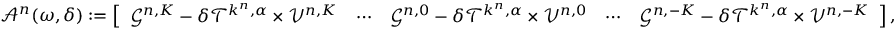
\begin{array} { r } { \mathcal { A } ^ { n } ( \omega , \delta ) : = \left[ \begin{array} { l l l l l } { \mathcal { G } ^ { n , K } - \delta \mathcal { T } ^ { k ^ { n } , \alpha } \times \mathcal { V } ^ { n , K } } & { \cdots } & { \mathcal { G } ^ { n , 0 } - \delta \mathcal { T } ^ { k ^ { n } , \alpha } \times \mathcal { V } ^ { n , 0 } } & { \cdots } & { \mathcal { G } ^ { n , - K } - \delta \mathcal { T } ^ { k ^ { n } , \alpha } \times \mathcal { V } ^ { n , - K } } \end{array} \right] , } \end{array}